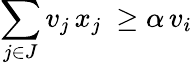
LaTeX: \sum_{j\in J}v_{j}\, x_{j}\ \geq\alpha\, v_{i}